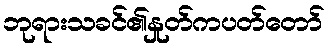
ဘုရားသခင်၏နှုတ်ကပတ်တော်